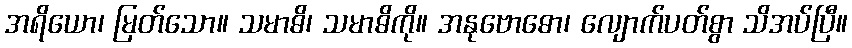
အရိယော၊ မြတ်သော။ သမာဓိ၊ သမာဓိကို။ အနုဗောဓော၊ လျောက်ပတ်စွာ သိအပ်ပြီ။